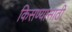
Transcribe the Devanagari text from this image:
किसण्यासाठी